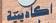
اكاه